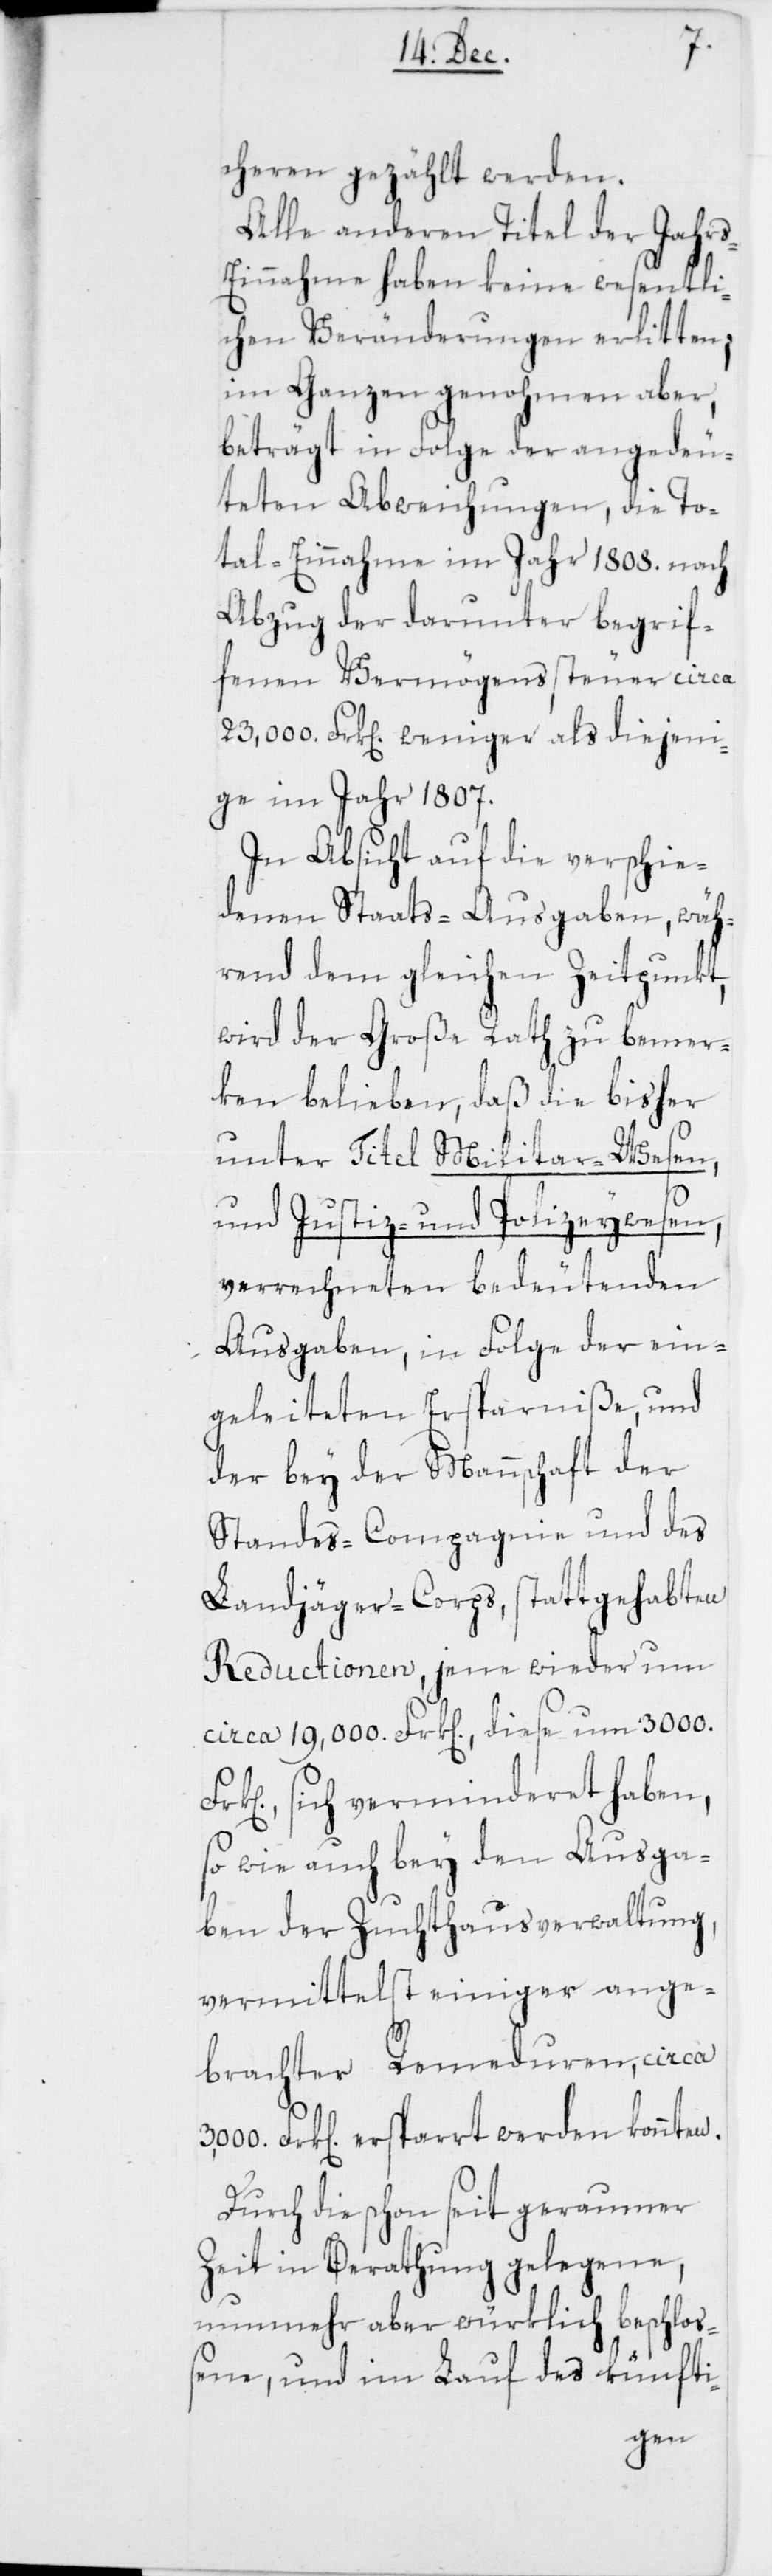
cheren gezählt werden.
Alle anderen Titel der Jahr¬
s-Einnahme haben keine wesentl¬
ichen Veränderungen erlitten;
im Ganzen genohmen aber,
beträgt in Folge der angedeu¬
teten Abweichungen, die To¬
tal-Einnahme im Jahr 1808. nach
Abzug der darunter begrif¬
fenen Vermögenssteuer circa
23,000. Frk[en]. weniger als diejeni¬
ge im Jahr 1807.
In Absicht auf die verschie¬
denen Staats-Ausgaben, wäh¬
rend dem gleichen Zeitpunkt,
wird der Große Rath zu bemer¬
ken belieben, daß die bisher
unter Titel Militair-Wesen,
und Justiz- und Polizeywesen,
verrechneten bedeutenden
Ausgaben, in Folge der ein¬
geleiteten Ersparniße, und
der bey der Mannschaft der
Standes-Compagnie und des
Landjäger-Corps, stattgehabten
Reductionen, jene wieder um
circa 19,000. Frk[en]., diese um 3000.
sich verminderet haben,
so wie auch bey den Ausga¬
ben der Zuchthausverwaltung,
vermittelst einiger ange¬
brachter Remeduren, circa
Frk[en]. erspart werden konnten.
Durch die schon seit geraumer
Zeit in Berathung gelegene,
nunmehr aber würklich beschlos¬
sene, und im Lauf des künfti-